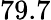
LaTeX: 79.7